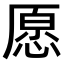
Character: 愿